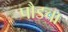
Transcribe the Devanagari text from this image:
पौडचा